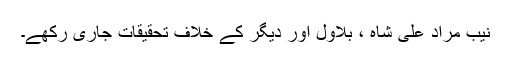
نیب مراد علی شاہ ، بلاول اور دیگر کے خلاف تحقیقات جاری رکھے۔